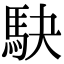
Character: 駃